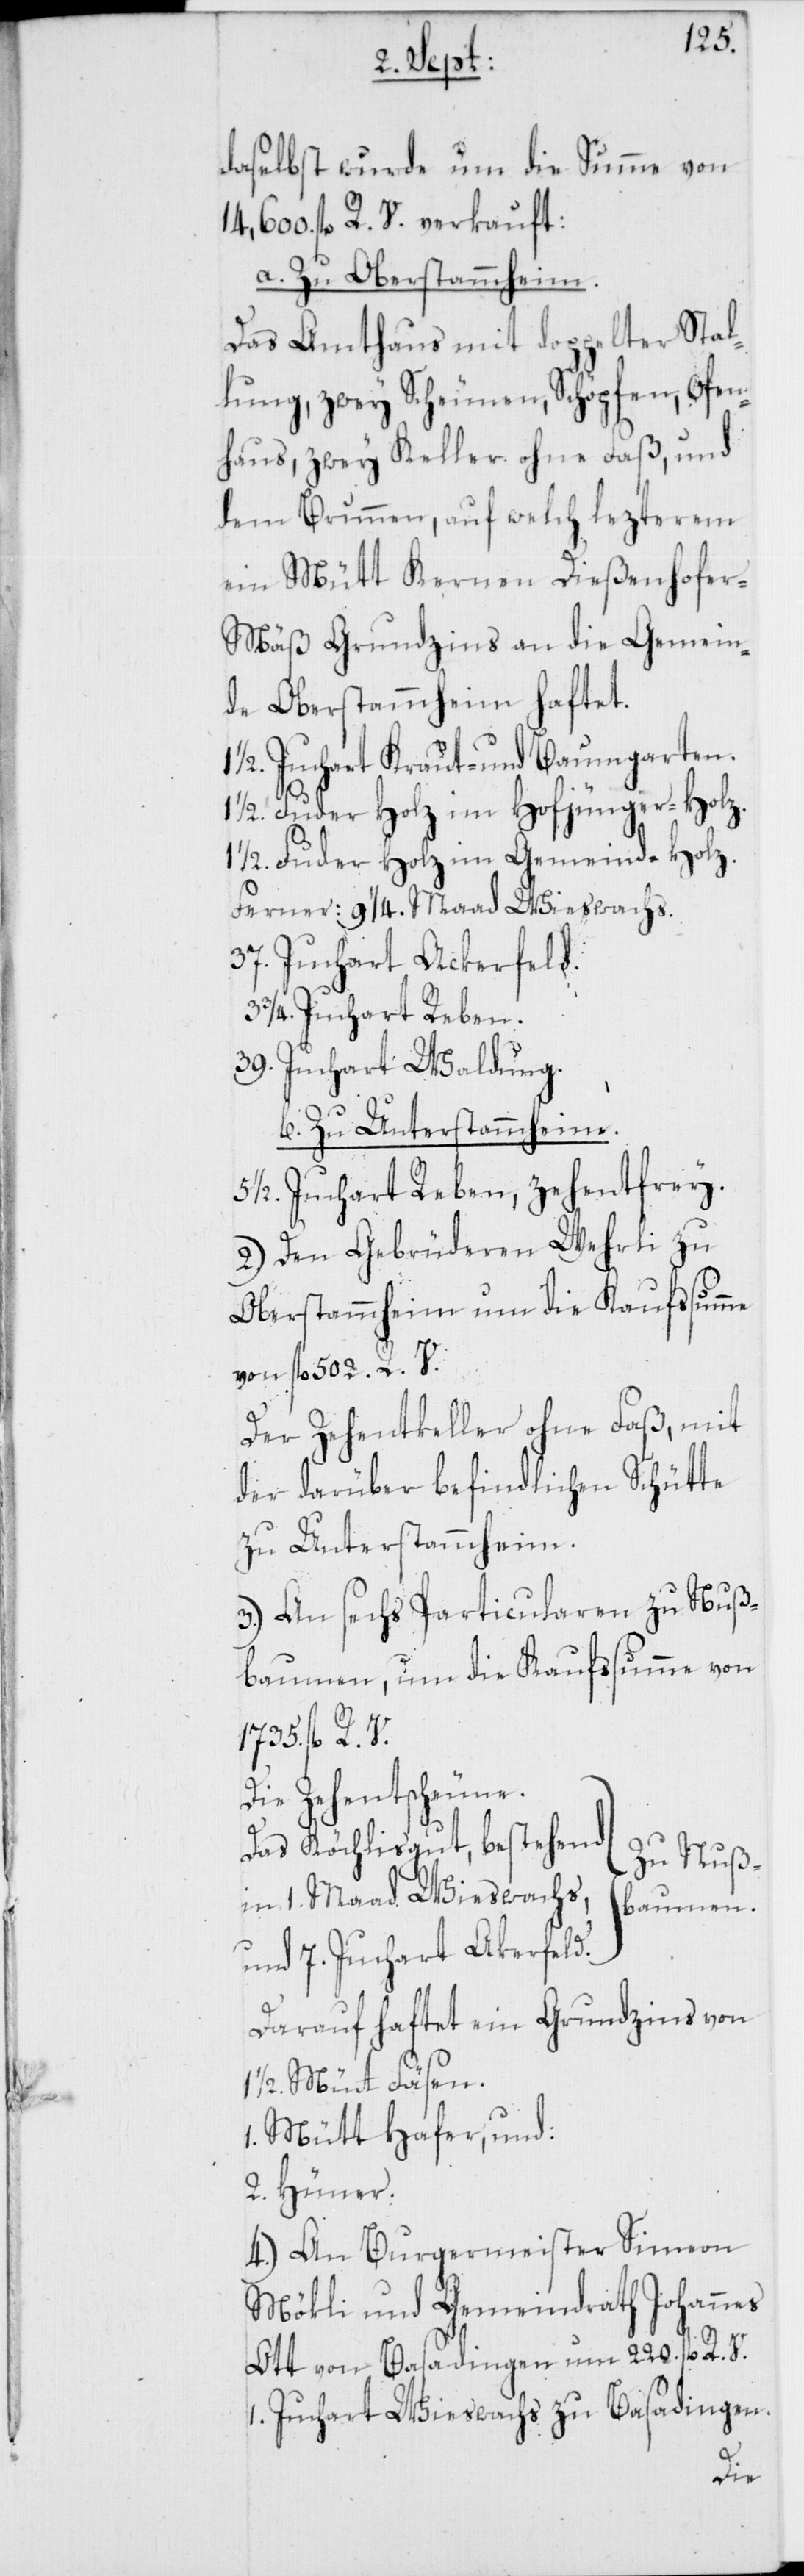
me

daselbst wurde um die Summe von
14,600. fl. R. V. verkauft:
a. Zu Oberstammheim.
Das Amthaus mit doppelter Stal¬
lung, zwey Scheunen, Schöpfen, Ofen¬
haus, zwey Keller ohne Faß, und
dem Brunnen, auf welch lezterem
ein Mütt Kernen Dießenhofe¬
r-Mäß Grundzins an die Gemein¬
de Oberstammheim haftet.
1/2. Juchart Kraut- und Baumgarten.
1/2. Fuder Holz im Hofjünger-Holz.
1 1/2. Fuder Holz im Gemeind-Holz.
Ferner: 9 1/4. Maad Wieswachs.
37. Juchart Ackerfeld.
3/4. Juchart Reben.
39. Juchart Waldung.
b. Zu Unterstammheim.
1/2. Juchart Reben, zehentfrey.
2.) Den Gebrüderen Wehrli zu
Oberstammheim um die Kaufssum¬
von fl. 502. R. V.
Der Zehentkeller ohne Faß, mit
der darüber befindlichen Schütte,
zu Unterstammheim.
3.) An sechs Particularen zu Nuß¬
baumen, um die Kaufssumme von
1735. fl. R. V.
Die Zehentscheune.
Das Köchlisgut, bestehend
Zu Nuß¬
in 1. Maad Wieswachs,
baumen.
und 7. Juchart Akerfeld.
Darauf haftet ein Grundzins von
1/2. Mütt Fäsen.
Mütt Hafer, und:
2. Hüner.
4.) An Burgermeister Simeon
Mökli und Gemeindrath Johannes
Ott von Basadingen um 220. fl. R.
1. Juchart Wieswachs zu Basadingen.